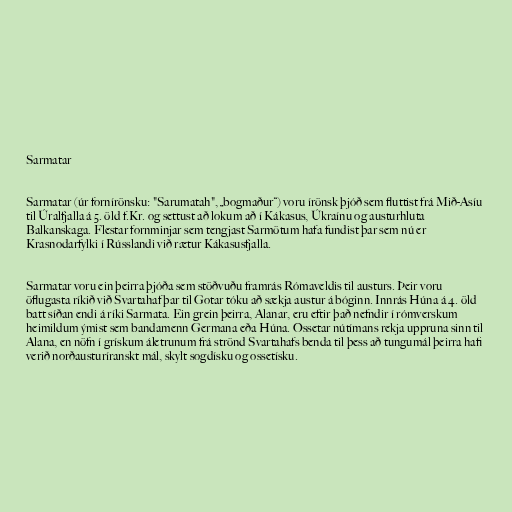
Sarmatar

Sarmatar (úr fornírönsku: "Sarumatah", „bogmaður“) voru írönsk þjóð sem fluttist frá Mið-Asíu
til Úralfjalla á 5. öld f.Kr. og settust að lokum að í Kákasus, Úkraínu og austurhluta
Balkanskaga. Flestar fornminjar sem tengjast Sarmötum hafa fundist þar sem nú er
Krasnodarfylki í Rússlandi við rætur Kákasusfjalla.

Sarmatar voru ein þeirra þjóða sem stöðvuðu framrás Rómaveldis til austurs. Þeir voru
öflugasta ríkið við Svartahaf þar til Gotar tóku að sækja austur á bóginn. Innrás Húna á 4. öld
batt síðan endi á ríki Sarmata. Ein grein þeirra, Alanar, eru eftir það nefndir í rómverskum
heimildum ýmist sem bandamenn Germana eða Húna. Ossetar nútímans rekja uppruna sinn til
Alana, en nöfn í grískum áletrunum frá strönd Svartahafs benda til þess að tungumál þeirra hafi
verið norðausturíranskt mál, skylt sogdísku og ossetísku.